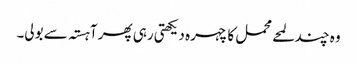
وہ چند لمحے محمل کا چہرہ دیکھتی رہی پھر آہستہ سے بولی۔